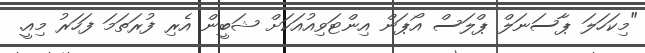
"މިކަހަލަ ޕާސަނަލް ޕްލަސް އޯޕަން އިންޓަވިއުއަކަށް ޝަބީން އެރި ފުރަތަމަ ފަހަރު މިއީ.